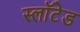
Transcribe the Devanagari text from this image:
स्लॉटेड